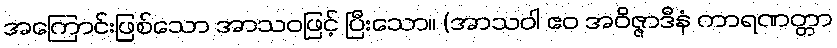
အကြောင်းဖြစ်သော အာသဝဖြင့် ပြီးသော။ (အာသဝါ ဧဝ အဝိဇ္ဇာဒီနံ ကာရဏတ္တာ